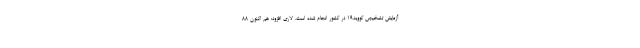
آزمایش تشخیص کووید۱۹ در کشور انجام شده است. لاری افزود: هم اکنون ۸۸